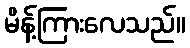
မိန့်ကြားလေသည်။